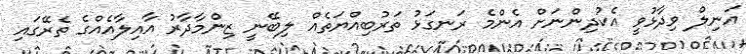
އަނިލް ވިދާޅުވީ އެކުދިންނަށް އެންމެ ރަނގަޅު ތަރުބިއްޔަތެއް ލިބޭނީ ޒިންމާދާރު އާއިލާއެއްގެ ތެރޭގައި